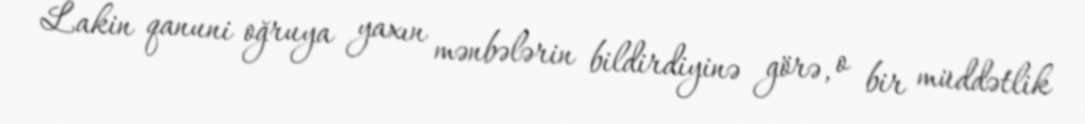
Lakin qanuni oğruya yaxın mənbələrin bildirdiyinə görə, o bir müddətlik